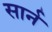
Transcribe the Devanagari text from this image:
सार्न